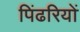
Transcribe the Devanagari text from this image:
पिंढरियों